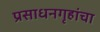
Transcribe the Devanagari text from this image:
प्रसाधनगृहांचा